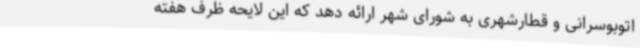
اتوبوسرانی و قطارشهری به شورای شهر ارائه دهد که این لایحه ظرف هفته